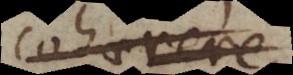
cohaerere,